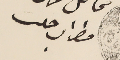
مطران حلب